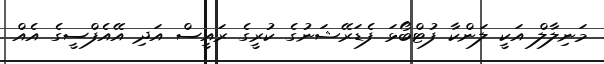
މަނިލާލް އަކީ ލަންކާ ފުޓްބޯޅަ ފެޑަރޭޝަނުގެ ކުރީގެ ރައީސް އަދި އޭއެފްސީގެ އެއް